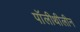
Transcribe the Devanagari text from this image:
पॉलीथीलीन